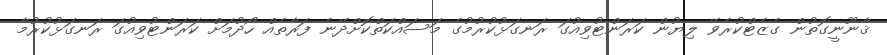
ޤާނޫނީގޮތުން ގެޒެޓްކުރެވޭ ލިޔުން ކަރަންޓުވިއުގަ ރަނގަޅުކުރުމުގެ މަސައްކަތްކޮށްދޭނެ ފަރާތެއް ހޯދުމަށް ކަރަންޓުވިއުގަ ރަނގަޅުކުރުމާ